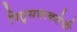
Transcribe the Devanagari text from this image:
पितृसत्ताकतेची